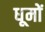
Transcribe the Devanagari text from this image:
धूमों